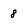
Character: 8